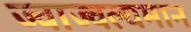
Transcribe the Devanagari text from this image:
ज्वाज्वल्यमान